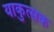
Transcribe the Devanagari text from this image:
याकुत्सक